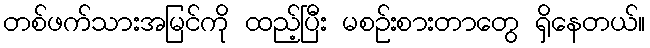
တစ်ဖက်သားအမြင်ကို ထည့်ပြီး မစဉ်းစားတာတွေ ရှိနေတယ်။